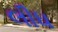
લીધ